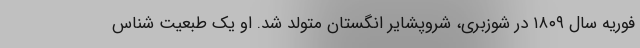
فوریه سال ۱۸۰۹ در شوزبری، شروپشایر انگستان متولد شد. او یک طبعیت شناس